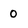
Character: 0